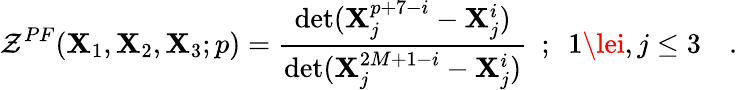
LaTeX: {\cal{Z}}^{PF}(\mathbf{X}_{1},\mathbf{X}_{2},\mathbf{X}_{3};p)={\frac{{\operatorname*{det}(\mathbf{X}_{j}^{p+7-i}-\mathbf{X}_{j}^{i})}}{{\operatorname*{det}(\mathbf{X}_{j}^{2M+1-i}-\mathbf{X}_{j}^{i})}}}~~;~~1\lei,j\le3~~~~.